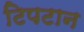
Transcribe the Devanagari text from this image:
टिपटान